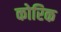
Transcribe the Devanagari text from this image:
कोरिक